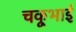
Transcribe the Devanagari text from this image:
चकूभाई